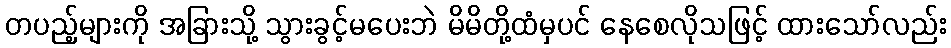
တပည့်များကို အခြားသို့ သွားခွင့်မပေးဘဲ မိမိတို့ထံမှပင် နေစေလိုသဖြင့် ထားသော်လည်း